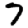
Digit: 7